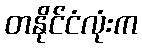
တနိုင်ငံလုံးက